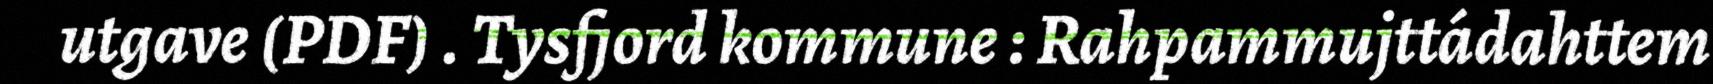
utgave (PDF) . Tysfjord kommune : Rahpammujttádahttem